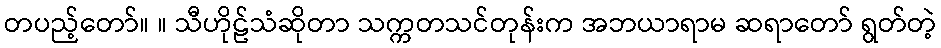
တပည့်တော်။ ။ သီဟိုဠ်သံဆိုတာ သက္ကတသင်တုန်းက အဘယာရာမ ဆရာတော် ရွတ်တဲ့